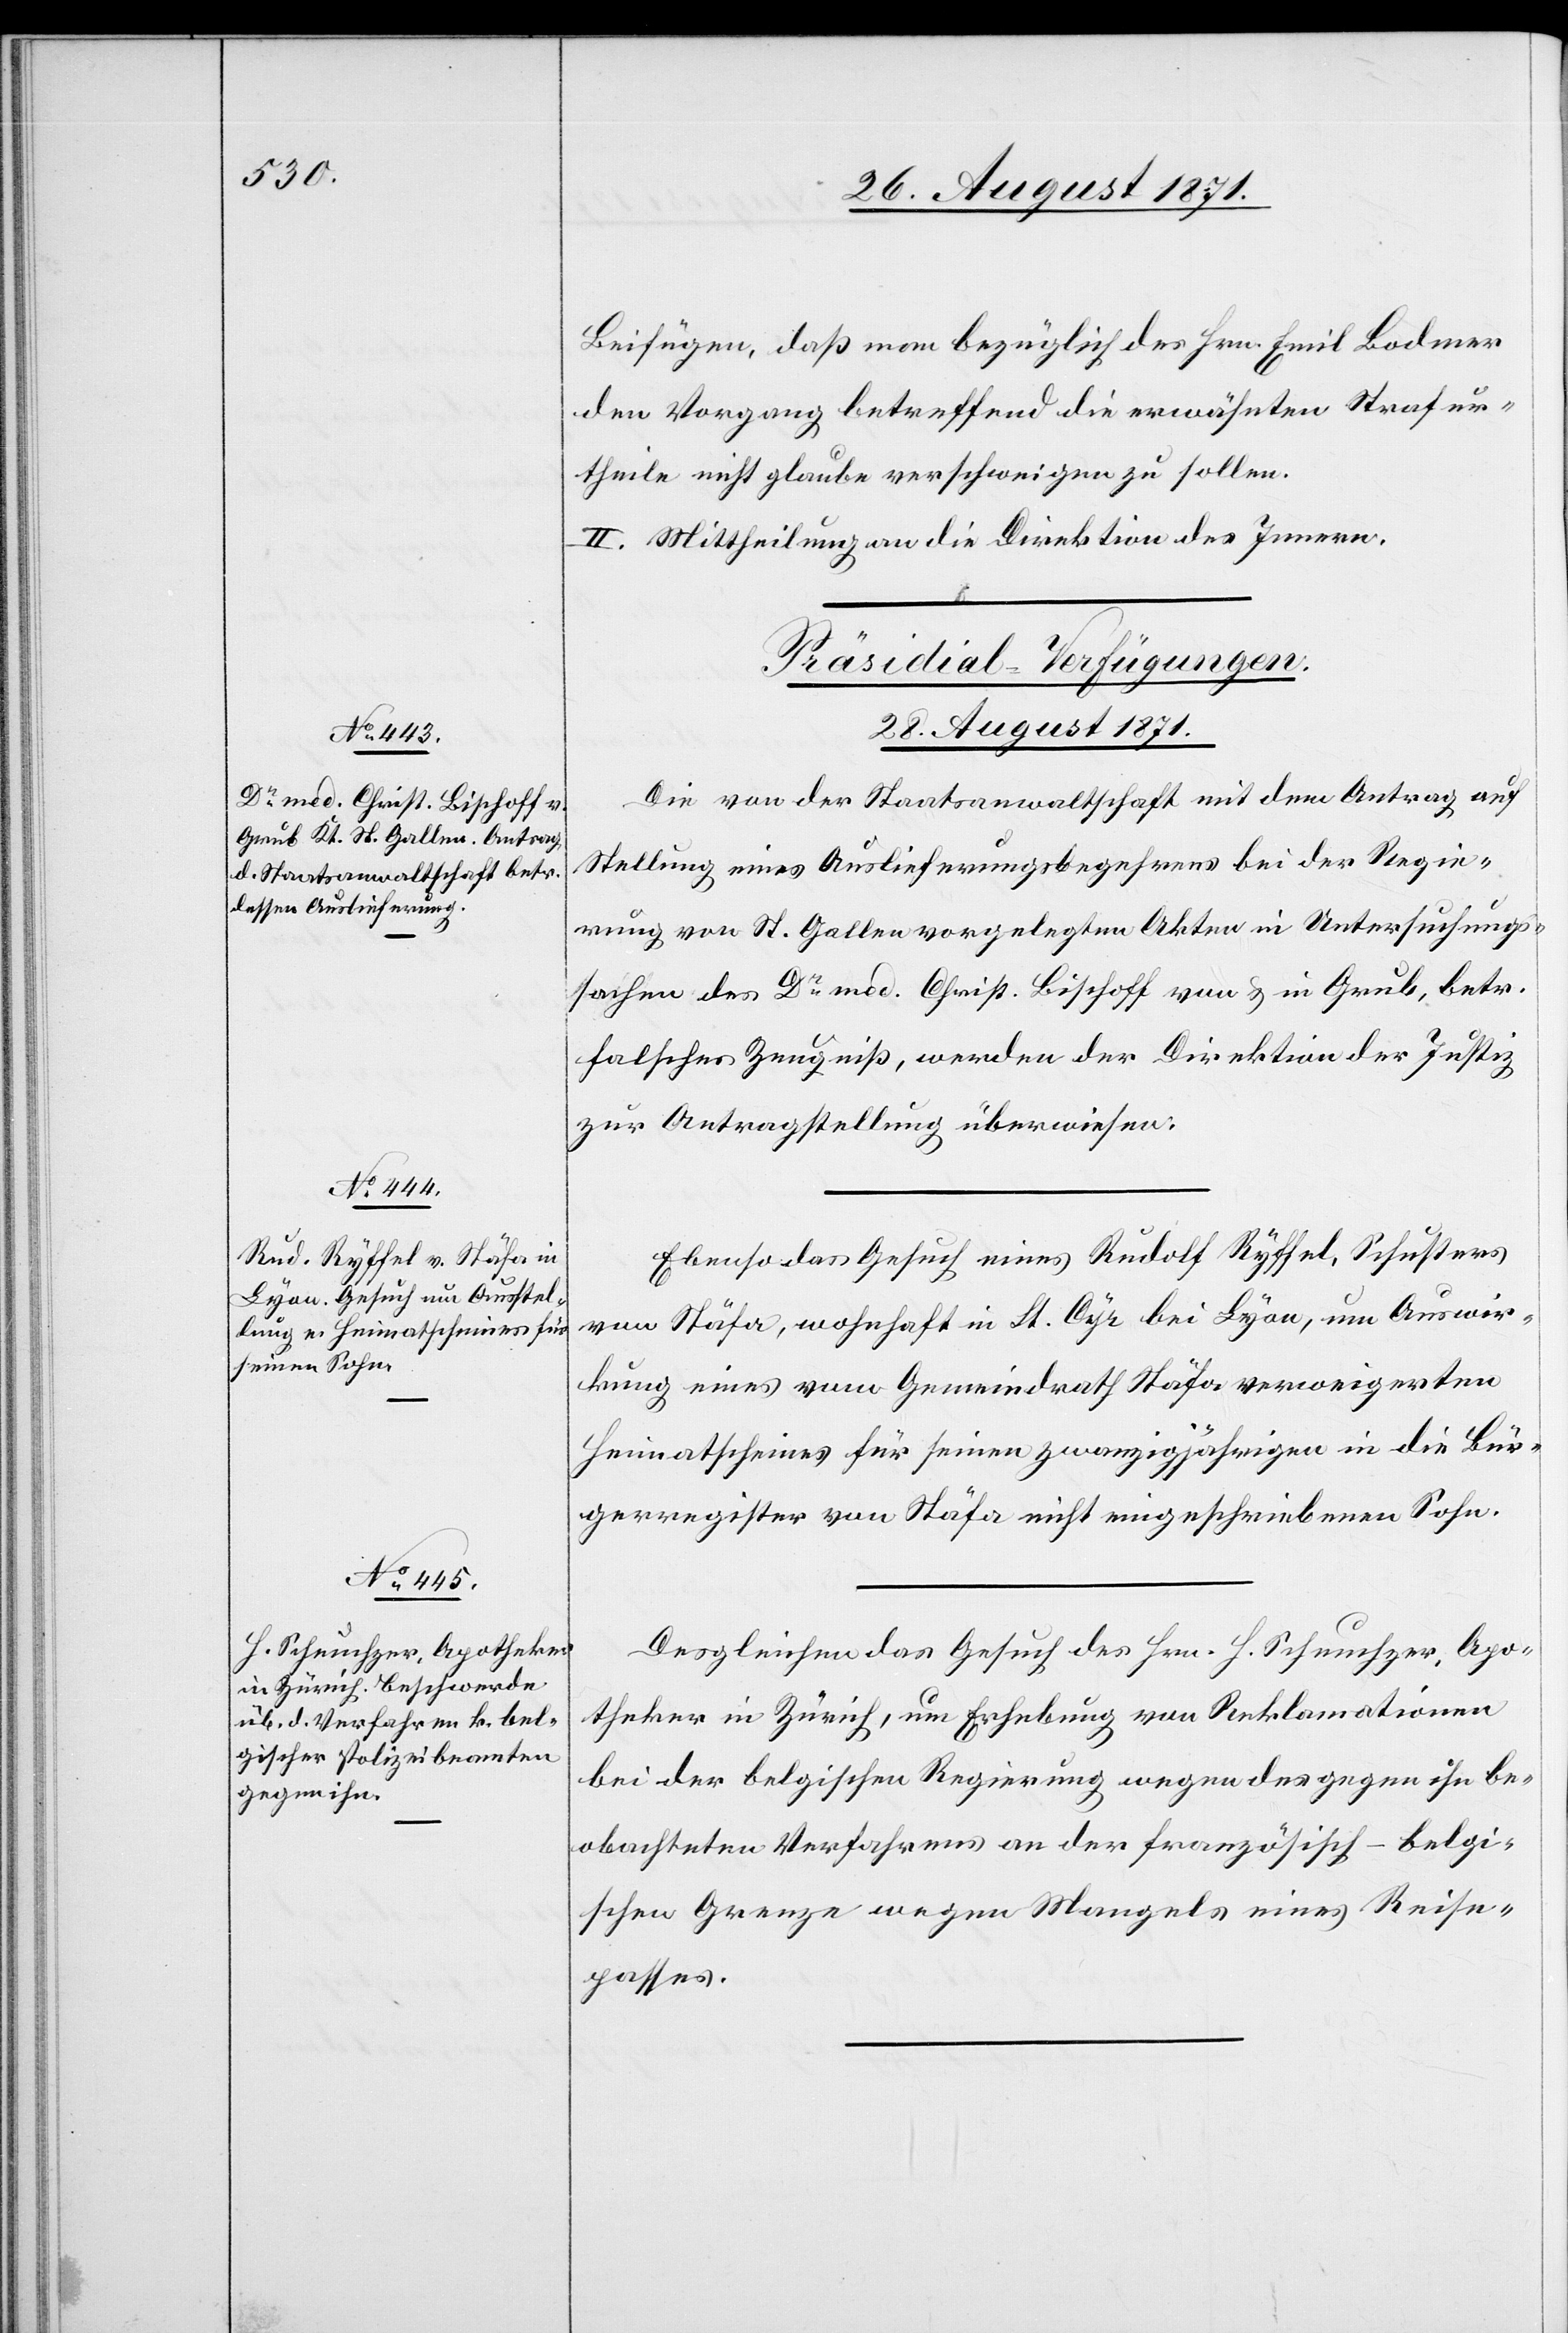
28. August 1871]
Beifügen, daß man bezüglich des Hrn. Emil Bodmer
den Vorzug betreffend die erwähnten Strafur¬
theile nicht glaube verschweigen zu sollen.
II. Mittheilung an die Direktion des Innern.
[Präsidial-Verfügungen.
28. August 1871.]
Die von der Staatsanwaltschaft mit dem Antrag auf
Stellung eines Auslieferungsbegehrens bei der Regie¬
rung von St. Gallen vorgelegten Akten in Untersuchungs¬
sache des Dr med. Christ. Bischoff von & in Grub, betr.
falsches Zeugniß, werden der Direktion der Justiz
zur Antragstellung überwiesen.
Ebenso das Gesuch eines Rudolf Ryffel, Schuster
von Stäfa, wohnhaft in St. Cyr bei Lyon, um Auswir¬
kung eines vom Gemeindrath Stäfa verweigerten
Heimatscheines für seinen zwanzigjährigen in die Bür¬
gerregister von Stäfa nicht eingeschriebenen Sohn.
Desgleichen das Gesuch des Hrn. H. Scheuchzer, Apo¬
theker in Zürich, um Erhebung von Reklamationen
bei der belgischen Regierung wegen des gegen ihn be¬
obachteten Verfahrens an der französisch-belgi¬
schen Grenze wegen Mangels eines Reise¬
passes.